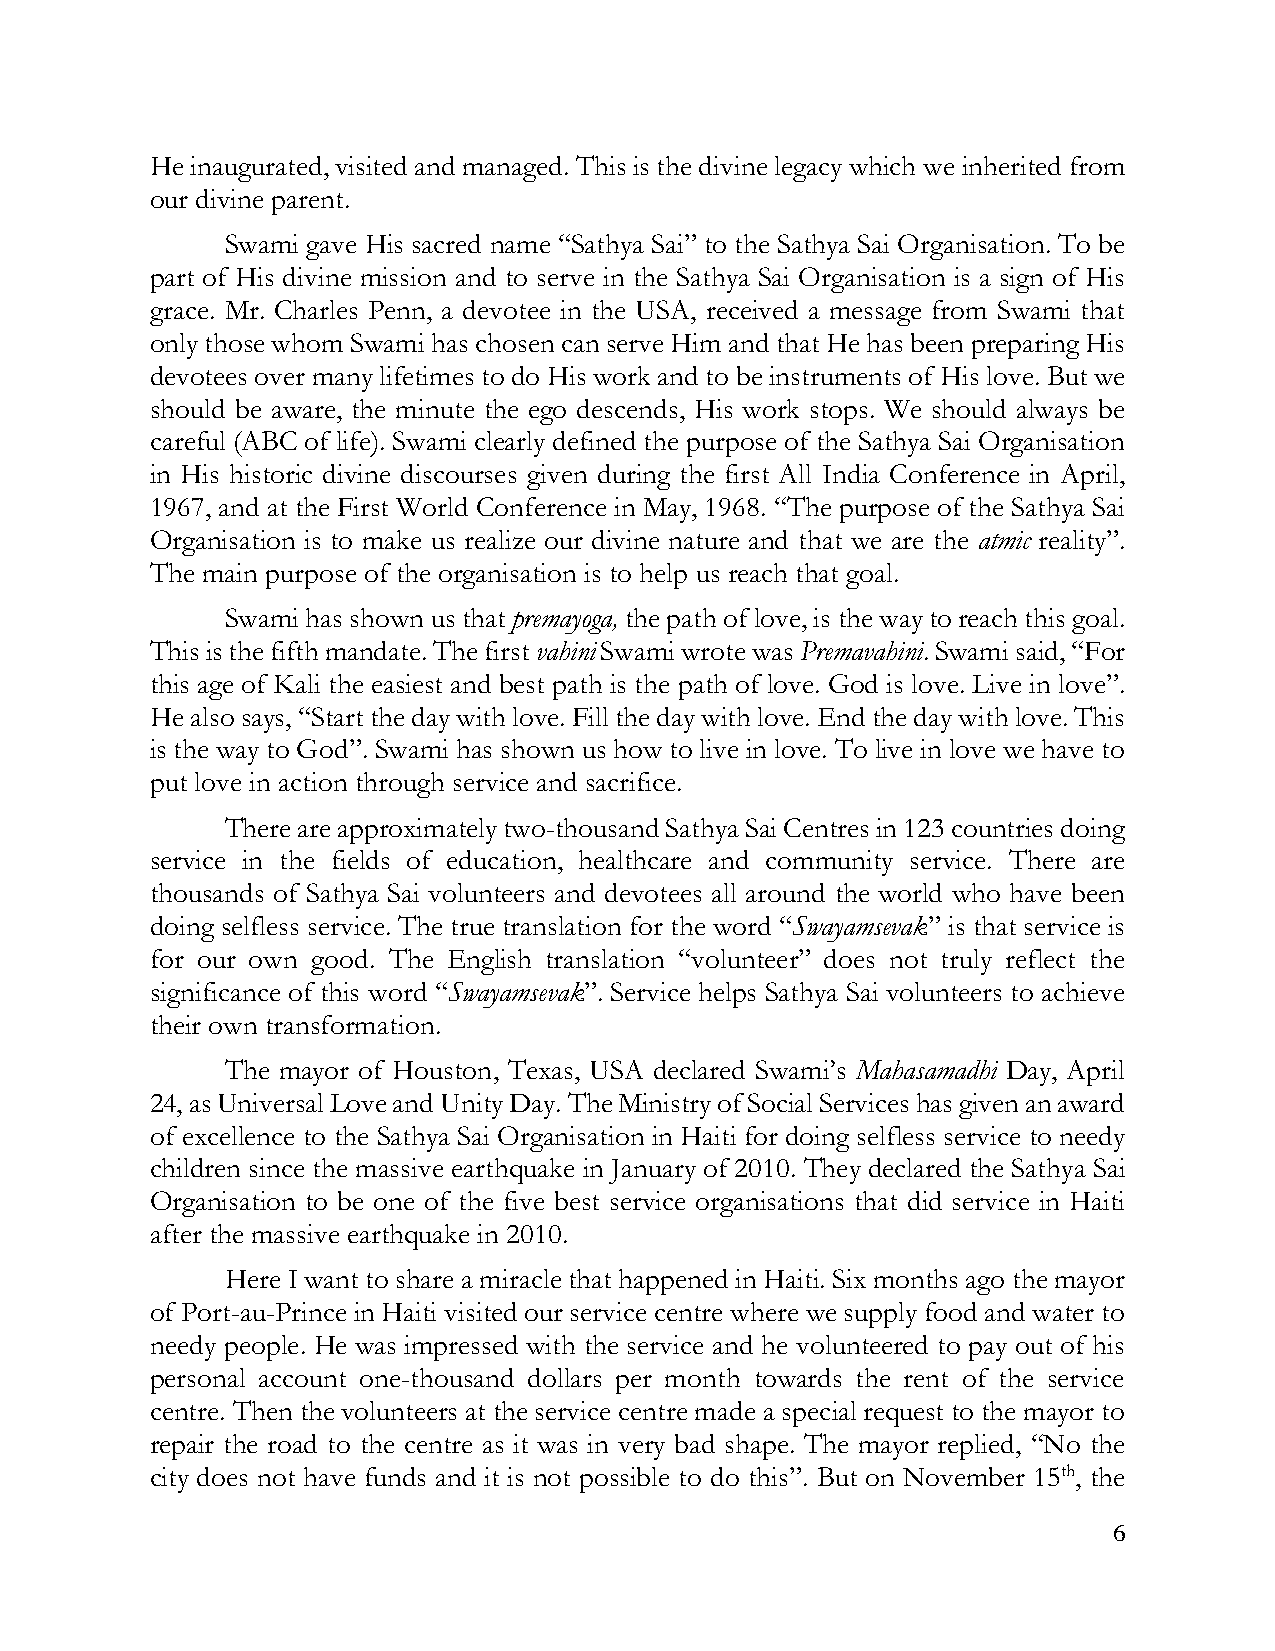
He inaugurated, visited and managed. This is the divine legacy which we inherited from
 our divine parent.
 Swami gave His sacred name “Sathya Sai” to the Sathya Sai Organisation. To be
 part of His divine mission and to serve in the Sathya Sai Organisation is a sign of His
 grace. Mr. Charles Penn, a devotee in the USA, received a message from Swami that
 only those whom Swami has chosen can serve Him and that He has been preparing His
 devotees over many lifetimes to do His work and to be instruments of His love. But we
 should be aware, the minute the ego descends, His work stops. We should always be
 careful (ABC of life). Swami clearly defined the purpose of the Sathya Sai Organisation
 in His historic divine discourses given during the first All India Conference in April,
 1967, and at the First World Conference in May, 1968. “The purpose of the Sathya Sai
 Organisation is to make us realize our divine nature and that we are the atmic reality”.
 The main purpose of the organisation is to help us reach that goal.
 Swami has shown us that premayoga, the path of love, is the way to reach this goal.
 This is the fifth mandate. The first vahini Swami wrote was Premavahini. Swami said, “For
 this age of Kali the easiest and best path is the path of love. God is love. Live in love”.
 He also says, “Start the day with love. Fill the day with love. End the day with love. This
 is the way to God”. Swami has shown us how to live in love. To live in love we have to
 put love in action through service and sacrifice.
 There are approximately two-thousand Sathya Sai Centres in 123 countries doing
 service in the fields of education, healthcare and community service. There are
 thousands of Sathya Sai volunteers and devotees all around the world who have been
 doing selfless service. The true translation for the word “Swayamsevak” is that service is
 for our own good. The English translation “volunteer” does not truly reflect the
 significance of this word “Swayamsevak”. Service helps Sathya Sai volunteers to achieve
 their own transformation.
 The mayor of Houston, Texas, USA declared Swami’s Mahasamadhi Day, April
 24, as Universal Love and Unity Day. The Ministry of Social Services has given an award
 of excellence to the Sathya Sai Organisation in Haiti for doing selfless service to needy
 children since the massive earthquake in January of 2010. They declared the Sathya Sai
 Organisation to be one of the five best service organisations that did service in Haiti
 after the massive earthquake in 2010.
 Here I want to share a miracle that happened in Haiti. Six months ago the mayor
 of Port-au-Prince in Haiti visited our service centre where we supply food and water to
 needy people. He was impressed with the service and he volunteered to pay out of his
 personal account one-thousand dollars per month towards the rent of the service
 centre. Then the volunteers at the service centre made a special request to the mayor to
 repair the road to the centre as it was in very bad shape. The mayor replied, “No the
 city does not have funds and it is not possible to do this”. But on November 15th, the
 6